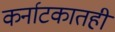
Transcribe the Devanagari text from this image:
कर्नाटकातही